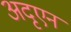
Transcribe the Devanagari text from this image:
अदृएन